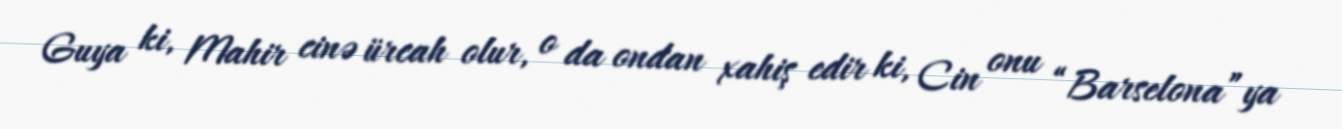
Guya ki, Mahir cinə ürcah olur, o da ondan xahiş edir ki, Cin onu “Barselona”ya